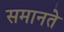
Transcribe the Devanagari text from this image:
समानते